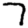
Digit: 7